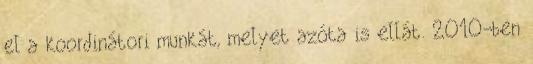
el a koordinátori munkát, melyet azóta is ellát. 2010-ben